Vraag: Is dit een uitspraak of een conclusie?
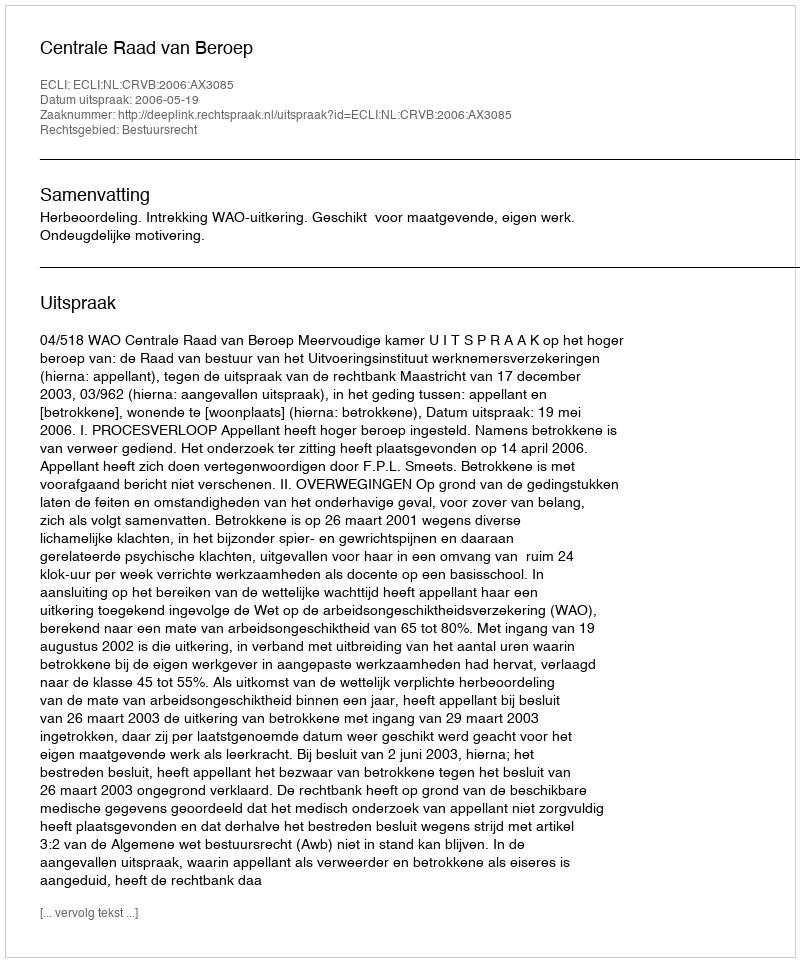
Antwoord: Uitspraak